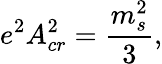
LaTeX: e^{2}A_{cr}^{2}={\frac{m_{s}^{2}}{3}},